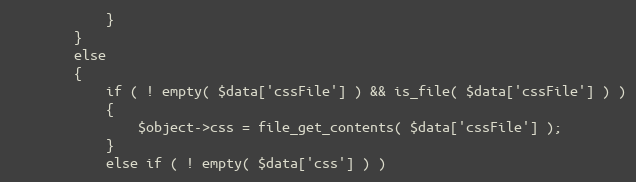
Language: PHP
            }
        }
        else
        {
            if ( ! empty( $data['cssFile'] ) && is_file( $data['cssFile'] ) )
            {
                $object->css = file_get_contents( $data['cssFile'] );
            }
            else if ( ! empty( $data['css'] ) )